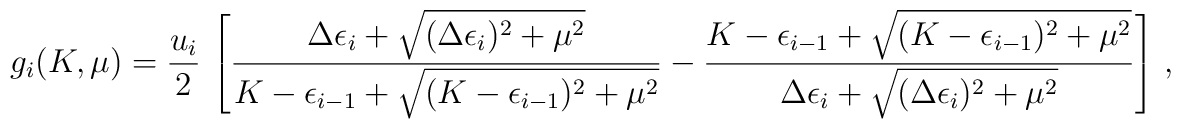
g_i (K,\mu) = {u_i \over 2} \,\left[ {\Delta\epsilon_i  +\sqrt{(\Delta\epsilon_i)^2 + \mu^2 } 		\over K - \epsilon_{i-1} + \sqrt{(K - \epsilon_{i-1})^2 + \mu^2}}- {K - \epsilon_{i-1} + \sqrt{(K - \epsilon_{i-1})^2 + \mu^2}\over \Delta\epsilon_i +\sqrt{(\Delta\epsilon_i)^2 + \mu^2 }}\right]\,,